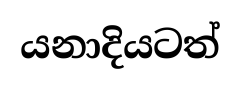
යනාදියටත්